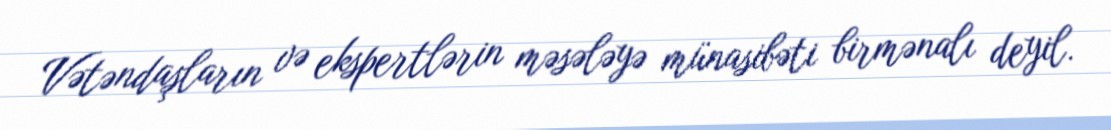
Vətəndaşların və ekspertlərin məsələyə münasibəti birmənalı deyil.